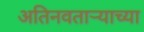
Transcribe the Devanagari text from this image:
अतिनवताऱ्याच्या